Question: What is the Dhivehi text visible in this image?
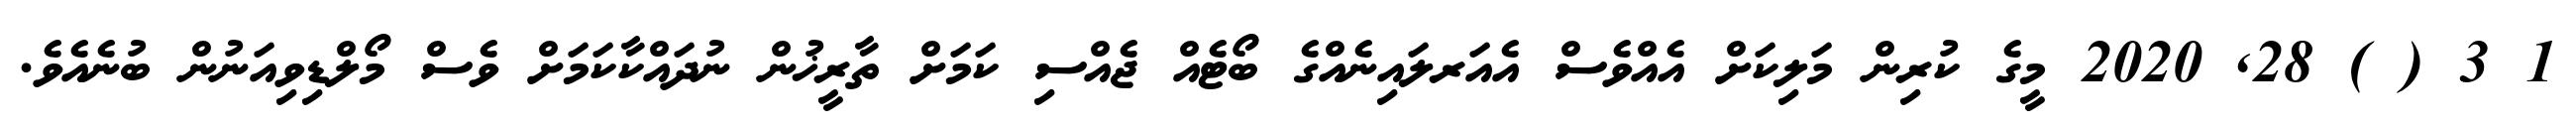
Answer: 1 3 ( ) 28, 2020 މީގެ ކުރިން މަލިކަށް އެއްވެސް އެއަރލައިނެއްގެ ބޯޓެއް ޖެއްސި ކަމަށް ތާރީޚުން ނުދައްކާކަމަށް ވެސް މޯލްޑިވިއަނުން ބުނެއެވެ.